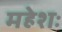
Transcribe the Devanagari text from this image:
महेशः